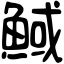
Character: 䱛